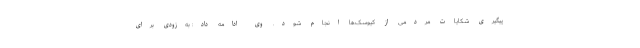
پیگیری شکایات مردمی از کیوسک‌ها انجام شود. وی ادامه داد: به‌زودی برای